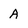
Character: A